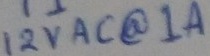
Text: 12VAC@1A